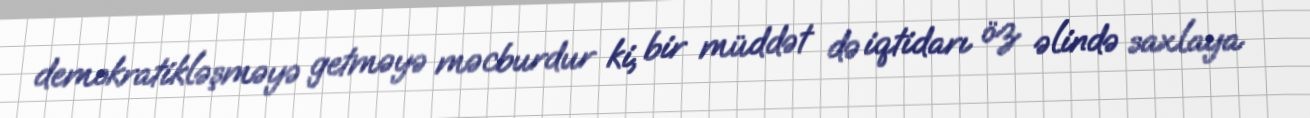
demokratikləşməyə getməyə məcburdur ki, bir müddət də iqtidarı öz əlində saxlaya